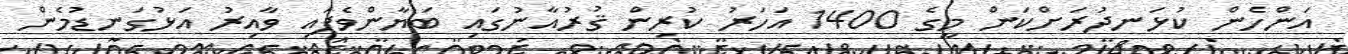
އަންހެން ކުޅަނދުރަށްކަން މީގެ 1400 އަހަރު ކުރިން ޤުރުއާނުގައި ބަޔާންވެފައި ވާއިރު އަޅުގަނޑުމެން